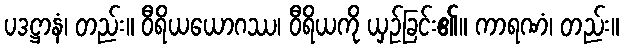
ပဒဋ္ဌာနံ၊ တည်း။ ဝီရိယယောဂဿ၊ ဝီရိယကို ယှဉ်ခြင်း၏။ ကာရဏံ၊ တည်း။